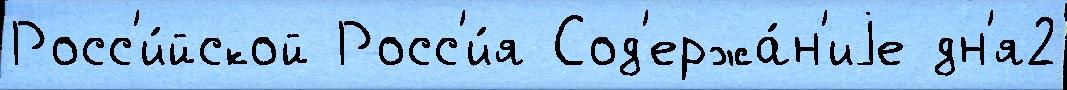
Росс'и́йской Росс'и́я Сод'ержа́н'иjе дн'я2